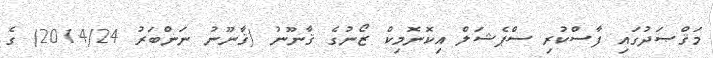
މަޤްޞަދުގައި ފާސްކުރި ސްޕެޝަލް އިކޮނޮމިކް ޒޯނުގެ ޤާނޫނު (ޤާނޫނު ނަންބަރު 2014/24) ގެ